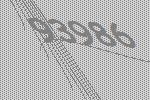
93986